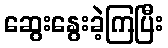
ဆွေးနွေးခဲ့ကြပြီး